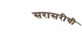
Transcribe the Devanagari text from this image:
सरासरीची